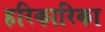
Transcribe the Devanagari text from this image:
हरिकारिका